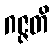
ဂဇ္ဇတိ